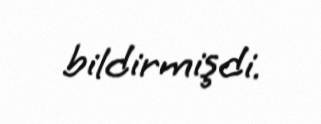
bildirmişdi.